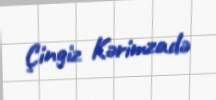
Çingiz Kərimzadə